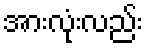
အားလုံးလည်း